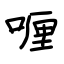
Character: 喱